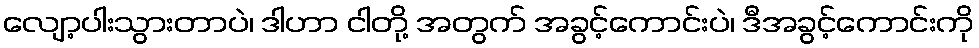
လျော့ပါးသွားတာပဲ၊ ဒါဟာ ငါတို့ အတွက် အခွင့်ကောင်းပဲ၊ ဒီအခွင့်ကောင်းကို